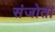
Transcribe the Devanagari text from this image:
संजोता